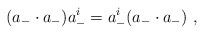
\begin{align*}(a_-\cdot a_-) a^i_-=a^i_-(a_-\cdot a_-)\ ,\end{align*}